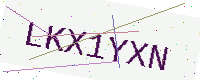
Text: LKX1YXN